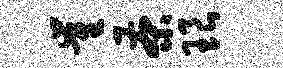
崔茶琅